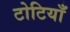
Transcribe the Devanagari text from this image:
टोटियाँ